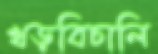
খড়বিচালি